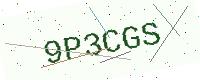
Text: 9P3CGS